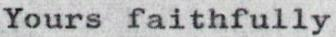
Yours faithfully